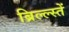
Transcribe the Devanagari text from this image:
ब्रिल्ल्स्तें